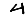
Digit: 4